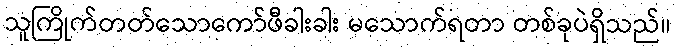
သူကြိုက်တတ်သောကော်ဖီခါးခါး မသောက်ရတာ တစ်ခုပဲရှိသည်။